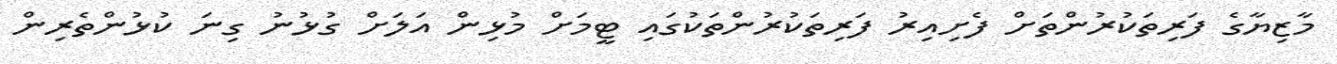
މާޒިޔާގެ ފަރިތަކުރުންތަށް ފެށިއިރު ފަރިތަކުރުންތަކުގައި ޓީމަށް މުޅިން އަލަށް ގުޅުނު ގިނަ ކުޅުންތެރިން